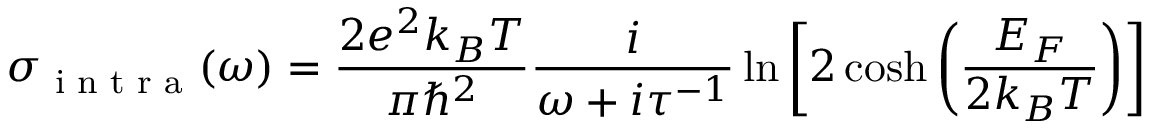
\sigma _ { \textrm { i n t r a } } ( \omega ) = \frac { 2 e ^ { 2 } k _ { B } T } { \pi \hbar ^ { 2 } } \frac { i } { \omega + i \tau ^ { - 1 } } \ln \left[ 2 \cosh \left( \frac { E _ { F } } { 2 k _ { B } T } \right) \right]